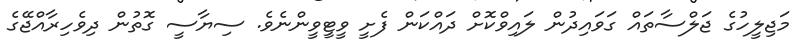
މަޖިލީހުގެ ޖަލްސާތައް ގަވައިދުން ލައިވްކޮށް ދައްކަން ފެށީ ވީޓީވީންނެވެ. ސިޔާސީ ގޮތުން ދިވެހިރާއްޖޭގެ